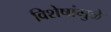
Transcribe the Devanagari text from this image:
विशेषांमुळे